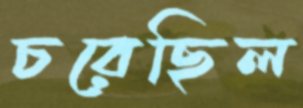
চরেছিল